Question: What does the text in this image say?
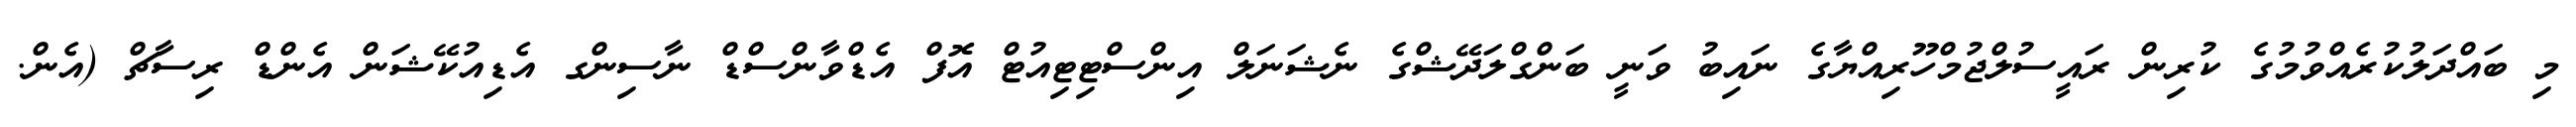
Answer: މި ބައްދަލުކުރެއްވުމުގެ ކުރިން ރައީސުލްޖުމްހޫރިއްޔާގެ ނައިބު ވަނީ ބަންގްލަދޭޝްގެ ނެޝަނަލް އިންސްޓިޓިއުޓް އޮފް އެޑްވާންސްޑް ނާސިންގ އެޑިއުކޭޝަން އެންޑް ރިސާޗް (އެން.